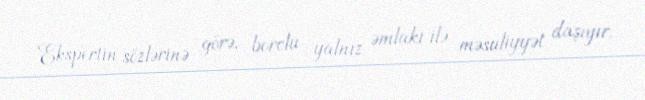
Ekspertin sözlərinə görə, borclu yalnız əmlakı ilə məsuliyyət daşıyır.